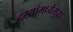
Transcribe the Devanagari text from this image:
दऱ्यांमध्येसुद्धा